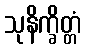
သုနိက္ခိတ္တံ